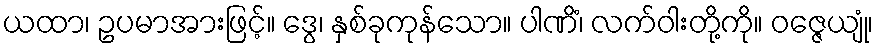
ယထာ၊ ဥပမာအားဖြင့်။ ဒွေ၊ နှစ်ခုကုန်သော။ ပါဏိံ၊ လက်ဝါးတို့ကို။ ဝဇ္ဇေယျုံ၊